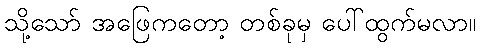
သို့သော် အဖြေကတော့ တစ်ခုမှ ပေါ်ထွက်မလာ။